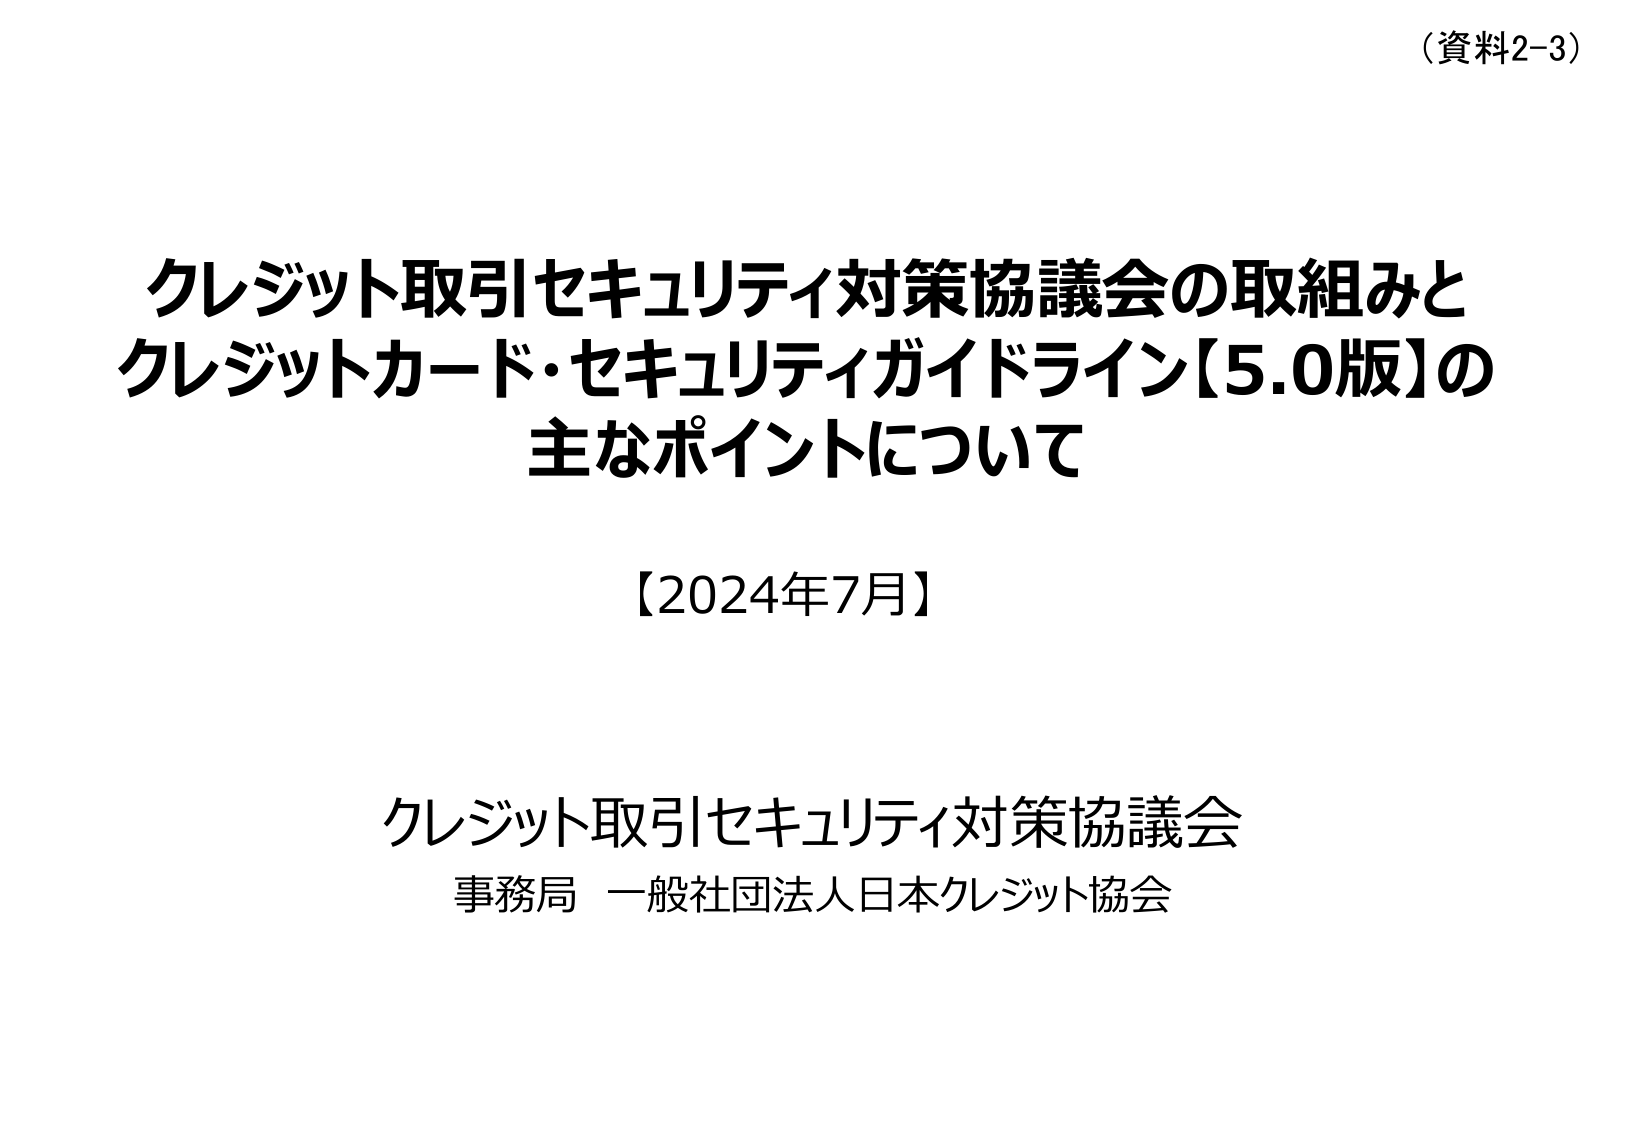
（資料2-3）

クレジット取引セキュリティ対策協議会の取組みと
クレジットカード・セキュリティガイドライン【5.0版】の
主なポイントについて

【2024年7月】

クレジット取引セキュリティ対策協議会
事務局 一般社団法人日本クレジット協会